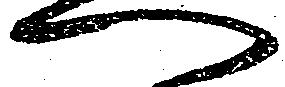
へ